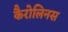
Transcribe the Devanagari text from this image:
कैरोलिनस